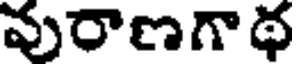
వురాణగాథ